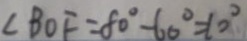
\angle B O F = 8 0 ^ { \circ } - 6 0 ^ { \circ } = 1 0 ^ { \circ }